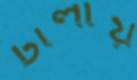
ঢালায়